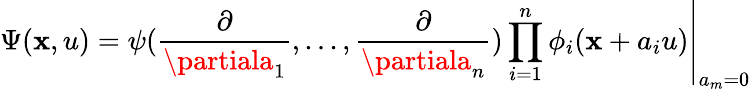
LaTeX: \Psi(\mathbf{x},u)=\left.\psi(\frac{{\partial}}{{\partiala_{1}}},...,\frac{{\partial}}{{\partiala_{n}}})\prod_{i=1}^{n}\phi_{i}(\mathbf{x}+a_{i}u)\right|_{a_{m}=0}